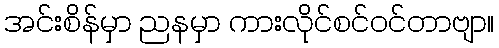
အင်းစိန်မှာ ညနမှာ ကားလိုင်စင်ဝင်တာဗျာ။